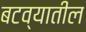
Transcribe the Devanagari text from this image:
बटव्यातील